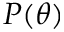
P ( \theta )